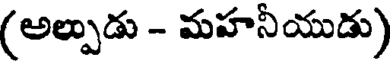
(అల్పుడు - మహనీయుడు)